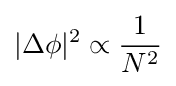
|\Delta \phi |^{2}\propto {\frac {1}{N^{2}}}